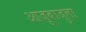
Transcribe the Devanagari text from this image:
आजूबाजुला